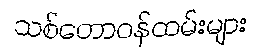
သစ်တောဝန်ထမ်းများ